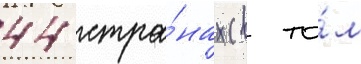
44 стра́нах (в то́м